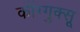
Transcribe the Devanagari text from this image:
कोंग्गुक्सू